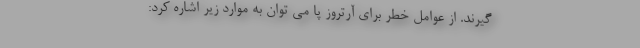
گیرند. از عوامل خطر برای آرتروز پا می توان به موارد زیر اشاره کرد: